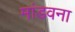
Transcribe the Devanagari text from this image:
मांडवना